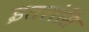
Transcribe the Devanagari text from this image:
इतरांसि